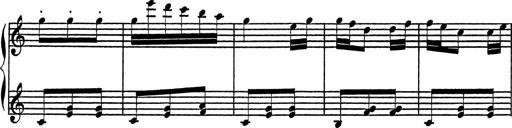
Title: 4 Piano Sonatinas
Composer: Adam Geibel